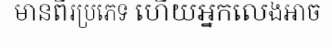
មានពីរប្រភេទ ហើយអ្នកលេងអាច